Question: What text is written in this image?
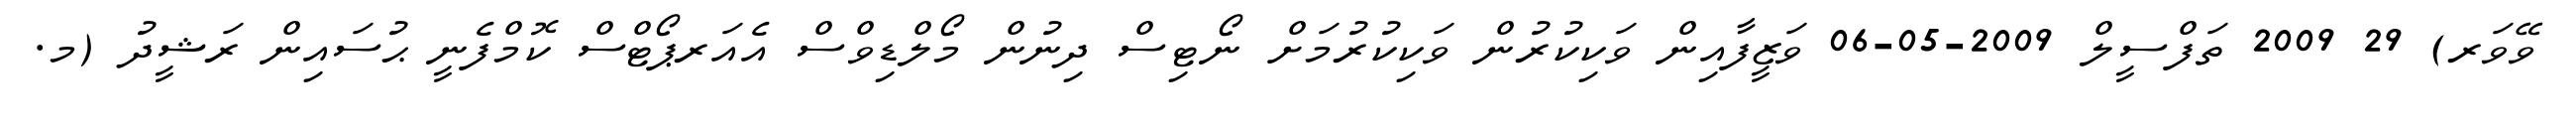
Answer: ވޭވަރ) 29 2009 ތަފްސީލް 2009-05-06 ވަޒީފާއިން ވަކިކުރުން ވަކިކުރުމަށް ނޯޓިސް ދިނުން މޯލްޑިވްސް އެއަރޕޯޓްސް ކޮމްފެނީ ޙުސައިން ރަޝީދު (މ.